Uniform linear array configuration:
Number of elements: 64
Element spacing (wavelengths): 0.25
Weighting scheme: cosine
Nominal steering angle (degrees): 45
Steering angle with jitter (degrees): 46.38
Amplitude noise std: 0.05
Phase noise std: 0.05

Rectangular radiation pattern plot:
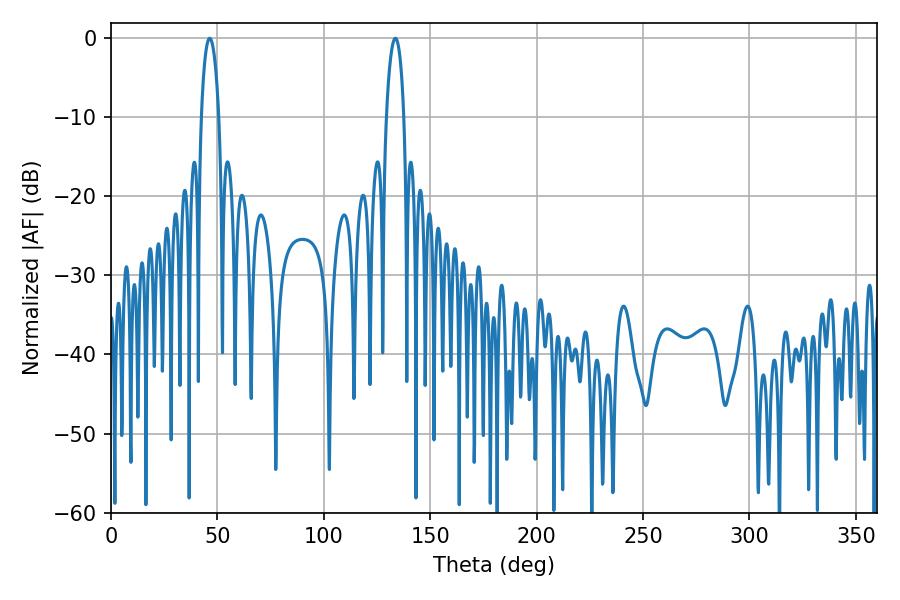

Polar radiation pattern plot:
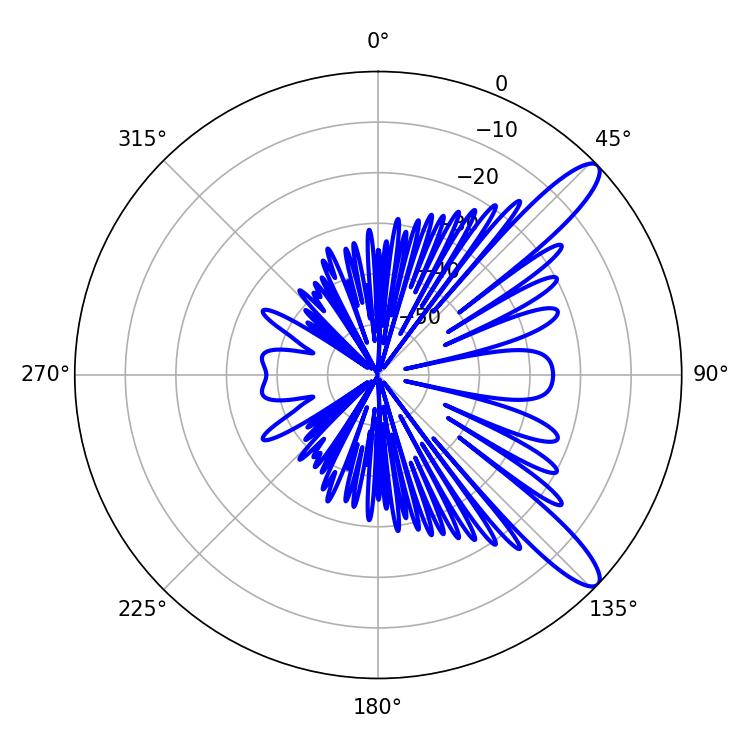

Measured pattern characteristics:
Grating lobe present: FALSE
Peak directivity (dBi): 11.777
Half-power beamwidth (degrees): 4.68
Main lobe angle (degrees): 46.44